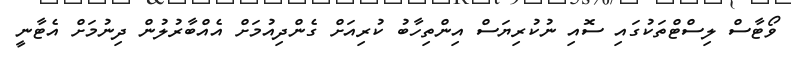
ވޯޓާސް ލިސްޓްތަކުގައި ސޮއި ނުކުރިޔަސް އިންތިހާބު ކުރިއަށް ގެންދިއުމަށް އެއްބާރުލުން ދިނުމަށް އެޓާނީ